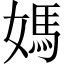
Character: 媽